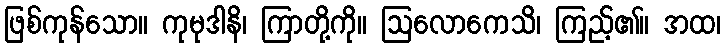
ဖြစ်ကုန်သော။ ကုမုဒါနိ၊ ကြာတို့ကို။ ဩလောကေသိ၊ ကြည့်၏။ အထ၊